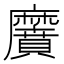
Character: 黂